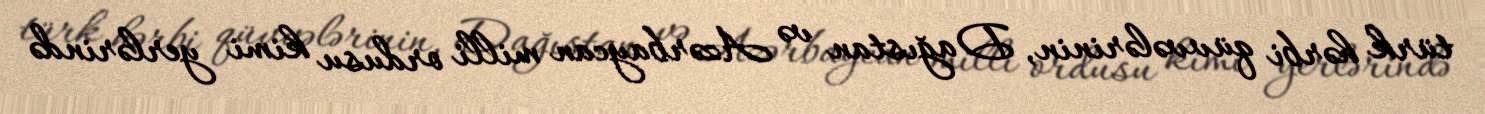
türk hərbi qüvvələrinin, Dağıstan və Azərbaycan milli ordusu kimi yerlərində